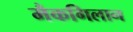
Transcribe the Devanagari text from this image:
मैकगिलान